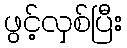
ဖွင့်လှစ်ပြီး